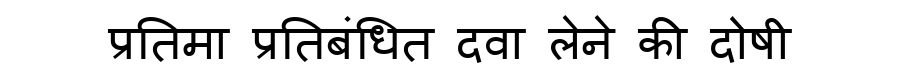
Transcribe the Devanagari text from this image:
प्रतिमा प्रतिबंधित दवा लेने की दोषी